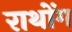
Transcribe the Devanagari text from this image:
राथोंग